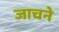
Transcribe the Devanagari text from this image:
जाचने